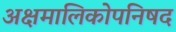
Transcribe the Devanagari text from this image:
अक्षमालिकोपनिषद